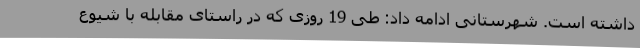
داشته است. شهرستانی ادامه داد: طی 19 روزی که در راستای مقابله با شیوع